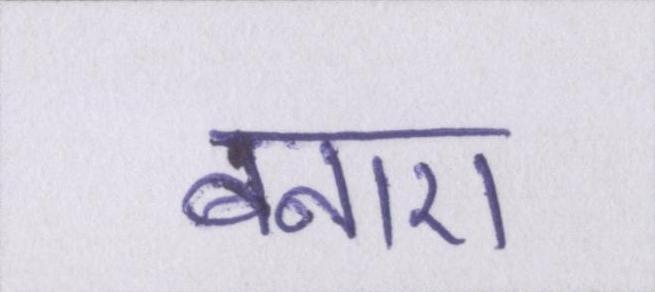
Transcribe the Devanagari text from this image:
बनाए